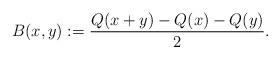
LaTeX: \begin{align*}B(x,y):=\frac{Q(x+y)-Q(x)-Q(y)}{2}.\end{align*}